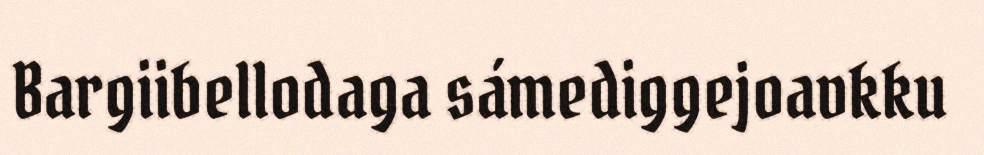
Bargiibellodaga sámediggejoavkku